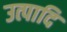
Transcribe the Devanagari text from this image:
उत्पादि